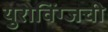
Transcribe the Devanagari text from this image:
युरोविंग्जची